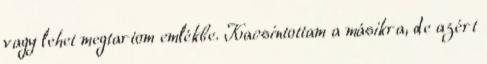
vagy lehet megtartom emlékbe. Kacsintottam a másikra, de azért